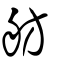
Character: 舫